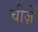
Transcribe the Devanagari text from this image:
चीज़ेँ